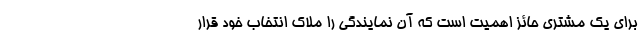
برای یک مشتری حائز اهمیت است که آن نمایندگی را ملاک انتخاب خود قرار